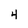
Character: 4